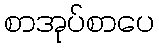
စာအုပ်စာပေ